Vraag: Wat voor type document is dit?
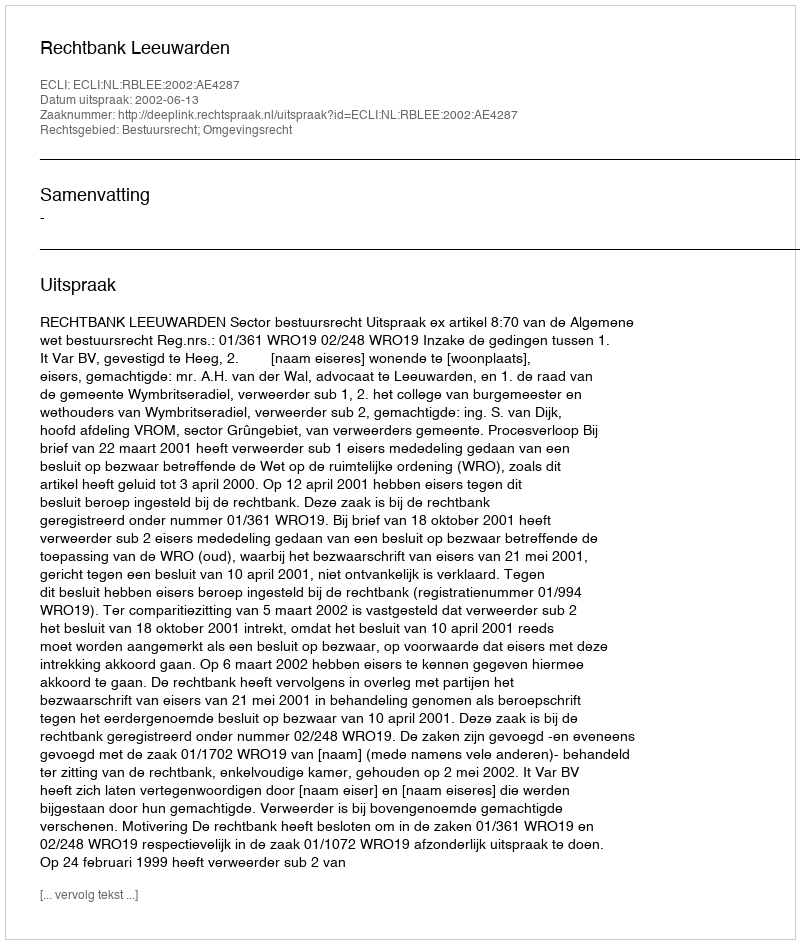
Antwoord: Uitspraak